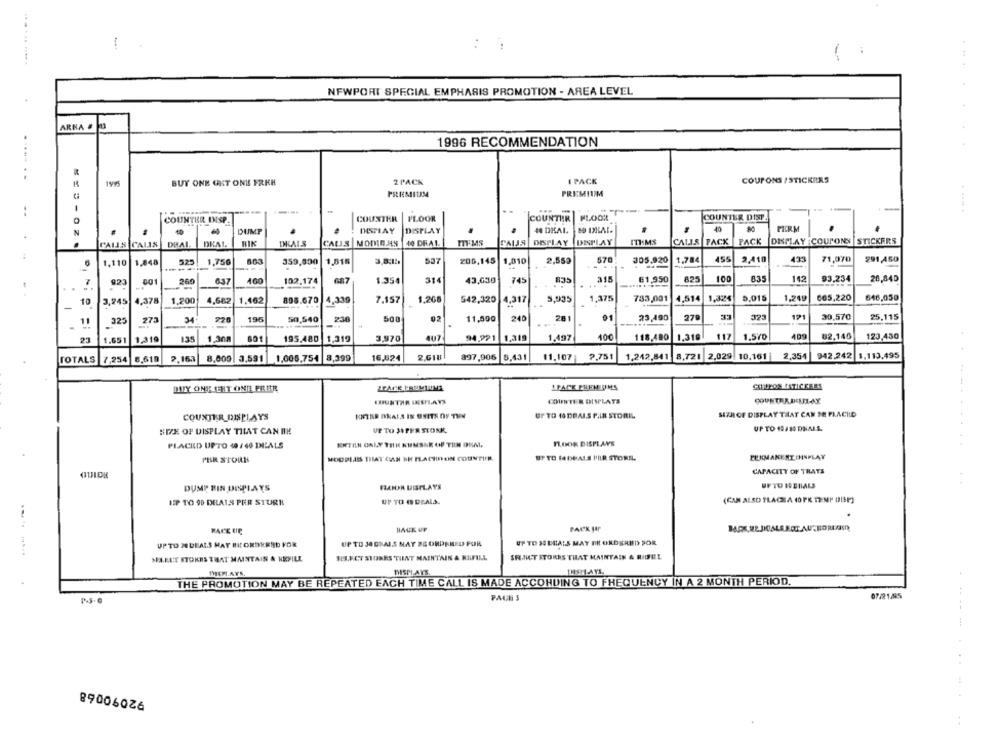
... ... .....
NEWPORT SPECIAL EMPHASIS PROMOTION - AREA LEVEL
ARRA #
1996 RECOMMENDATION
..... ..
COUPONS /STICKERS
BUY ONE GKT ONE FRKH
2 PACK
I PACK
PREMIUM
1
..
COUNTER DIST
COUNTER INSP.
COUNTER
FLOOR
COUNTHR
DUMP
DISPLAY
DISPLAY
# DKAL.
40
PERM
40
PALIS CALIS
DHAL
DEAL
RIK
DEALS
CAUS NOMIB 49
140 DRAL
FALLS
DISPLAY
DISPLAY
CALLS PACK PACK
DISPLAY COUPONS STICKERS
206,145
570
305.920
1,784
455
2,410
433
71,070
291,450
D
1.110
1.848
1,75G
359,890
1,816
1,810
2,559
7
923
260
637
460
102.174
G87
1.354
314
43,630
745
835
315
61,950
825
100
83
142
93.234
26,840
665.220
646,050
10
3,245 4,378
1,200
4,682
1.462
898.670
4,339
7,157
1,268
542,320
4,317
5.935
1,375
733,001
4,514
1,324
5.015
1,249
-
11
325
273
195
50,540
500
02
11,500
240
28
01
23,490
279
32
121
30.570
25,115
23
1.651 1,319
135
1,308
195,480
1,319
3,970
407
94.991
1,319
1,497
100
118,480
1.319
117
1.570
409
02,140
123,450
16,824
2.GIU
897,906 5,431
11.107 9.751
1.242,841 8,721 2,029
10.161
2,354
942.242 1,113,495
TOTALS
7,254
6,619
2.163
8,009 3.591
1.006,754 8,399
SPACE FREM TIMS
COUPON ISTICKERS
BUY ONE CEET ONE FRER
LOUNTHR INEPLAYS
COURTEN DISPLAYS
COUNTER DEUTI-AY
ENTER DEALS IS USITS OF THE
UP TO 10 DEALS FAIR STORE.
SETH OF DISPLAY THAT CAN DE FLACHLD
COUNTER_DISPLAYS
SIZE OF DISPLAY THAT CAN BE
UP TO JOPER SIONK
UP TO 10/ 10 DNALS.
PLACED UPTO 40 / 60 DHLALS
ERTILN ONLY THR KUMSKR OF TIN DRA.
FLOOR DISPLAYS
PER STORE
MOUPLAIS THAT CAN BE FLACHDOIN COUNTIR
BT TO SabeALS PILR STORE.
ELKMAKE RT IMINPLAY
QUIDE
CAPACITY OF TRATS
UFTO HERALS
DUMP BIN DISPLAYS
FAHJA DISPLAYS
UP TO 90 DRA1S PER STURE
UP TO 45 DEALS.
(CAN ALSO PLACEA ( PK TEMP DISP)
PACE CIE
BACK UP
UP TO 30 DIAS MAY BE ORDERED FOR
UP TO 30 DEALS MAY FR ORDERED POR
UPTO 20 DEALS MAY BE ORDERED FOR
MALET STOKES THAT MAINTAIN & NEVILL
TIL.ECT STORKS TUNT MAINTAIN & HILFILL
SRLNICT STORES THAT MAINTAIN & RIDEEL
DISPLAYS
LOSHAYS.
THE PROMOTION MAY BE REPEATED EACH TIME CALL IS MADE ACCORDING TO FREQUENCY IN A 2 MONTH PERIOD.
PACH S
07/21/45
92090068